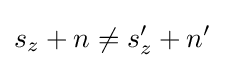
s_{z}+n\neq s_{z}'+n'